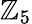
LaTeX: \mathbb{Z}_{5}